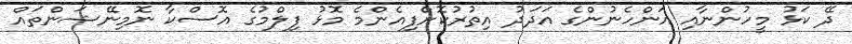
ދޭ ކަޅު މީހުންނާއި އަންހެނުންގެ އަދަދު އިތުރުކޮށްފިއެންމެ މޮޅު ފިލްމުގެ އޮސްކާ ނޮމިނޭޝަންތައް